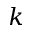
k